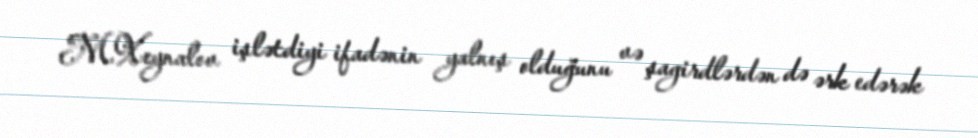
M.Xeynalov işlətdiyi ifadənin yalnış olduğunu və şagirdlərdən də ərk edərək